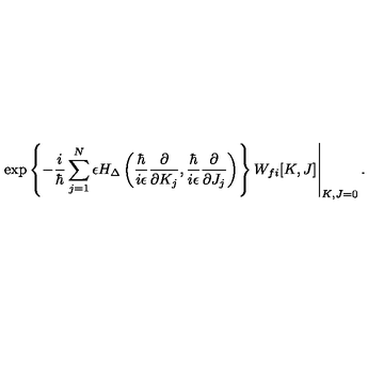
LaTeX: \left. \exp \left\{ - \frac { i } { \hbar } \sum _ { j = 1 } ^ { N } \epsilon H _ { \Delta } \left( \frac { \hbar } { i \epsilon } \frac { \partial } { \partial K _ { j } } , \frac { \hbar } { i \epsilon } \frac { \partial } { \partial J _ { j } } \right) \right\} W _ { f i } [ K , J ] \right| _ { K , J = 0 } .